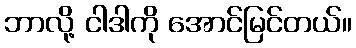
ဘာလို့ ငါဒါကို အောင်မြင်တယ်။